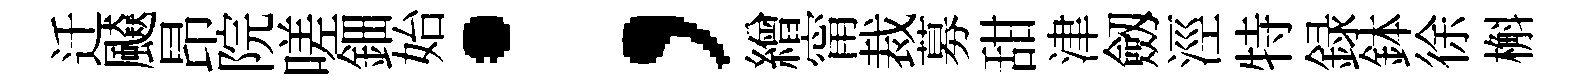
迁飇昂院嗟鈿始；繒甯裁募甜津劔涇特録鉢徐槲